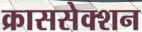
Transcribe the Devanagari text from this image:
क्राससेक्शन